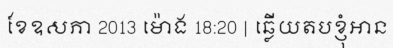
ខែឧសភា 2013 ម៉ោង 18:20 | ឆ្លើយតបខ្ញុំអាន